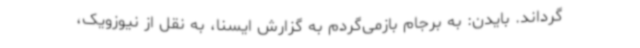
‌گرداند. بایدن: به برجام بازمی‌گردم به گزارش ایسنا، به نقل از نیوزویک،